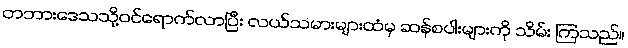
တဘားဒေသသို့ဝင်ရောက်လာပြီး လယ်သမားများထံမှ ဆန်စပါးများကို သိမ်း ကြသည်။